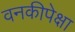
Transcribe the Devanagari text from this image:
वनकीपेक्षा